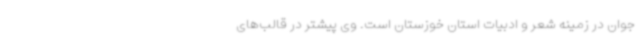
جوان در زمینه شعر و ادبیات استان خوزستان است. وی پیشتر در قالب‌های